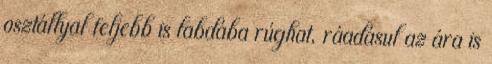
osztállyal feljebb is labdába rúghat, ráadásul az ára is